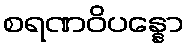
စရဏဝိပန္နော